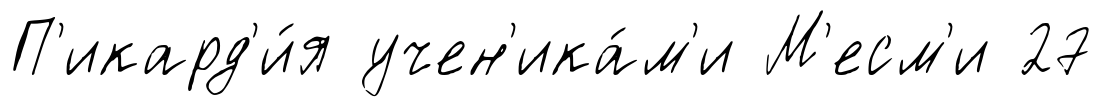
П'икард'и́я учен'ика́м'и М'есм'и 27